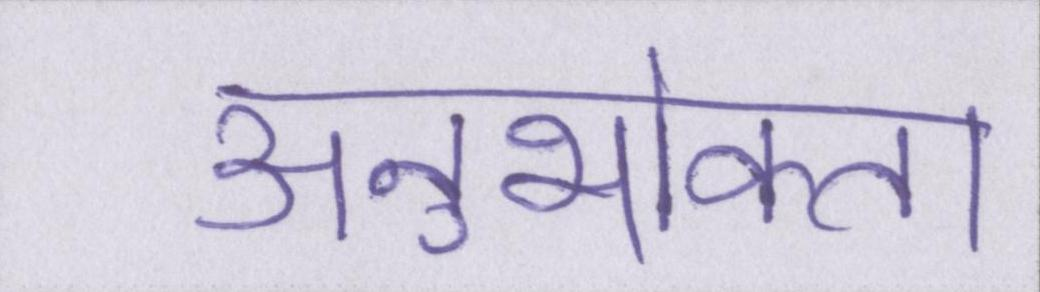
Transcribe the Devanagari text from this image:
अनुभोक्ता